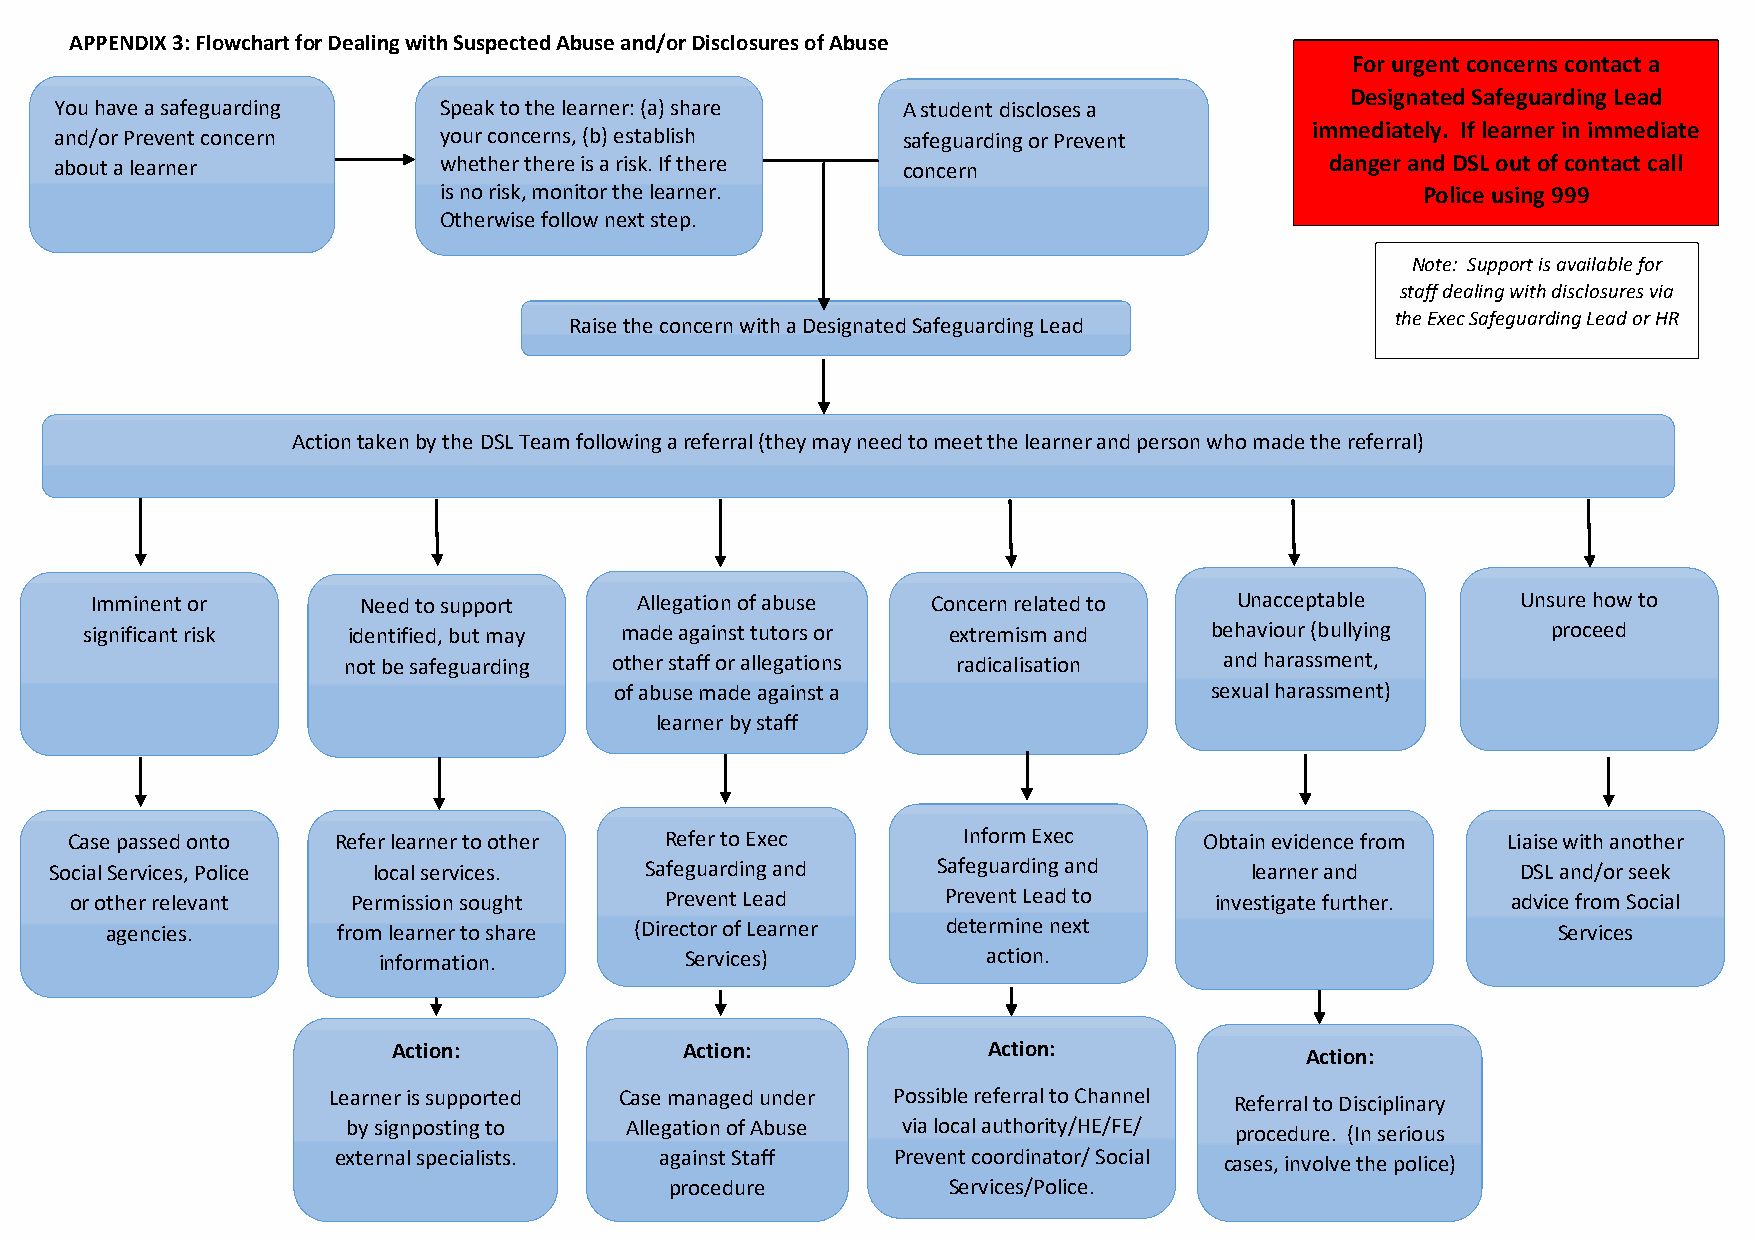
APPENDIX 3: Flowchart for Dealing with Suspected Abuse and/or Disclosures of Abuse
 For urgent concerns contact a
 Designated Safeguarding Lead
 You have a safeguarding  Speak to the learner: (a) share A student discloses a
 and/or Prevent concern   your concerns, (b) establish   safeguarding or Prevent    immediately. If learner in immediate
 about a lea rner         whether there is a risk. If there concern                  danger and DSL out of contact call
 is no risk, monitor the learner.                                 Police using 999
 Otherwise follow next step.
 Note: Support is available for
 staff dealing with disclosures via
 the Exec Safeguarding Lead or HR
 Raise the concern with a Designated Safeguarding Lead
 Action taken by the DSL Team following a referral (they may need to meet the learner and person who made the referral)
 Imminent or       Need to support   Allegation of abuse Concern related to  Unacceptable       Unsure how to
 significant risk  identified, but may made against tutors or extremism and behaviour (bullying    proceed
 not be safeguarding other staff or allegations radicalisation and harassment,
 of abuse made against a                sexual harassment)
 learner by staff
 Case passed onto Refer learner to other Refer to Exec      Inform Exec     Obtain evidence from Liaise with another
 Social Services, Police local services. Safeguarding and   Safeguarding and     learner and       DSL and/or seek
 or other relevant Permission sought    Prevent Lead      Prevent Lead to   investigate further. advice from Social
 agencies.      from learner to share (Director of Learner determine next                        Services
 information.        Services)           action.
 Action:            Action:             Action:              Action:
 Learner is supported Case managed under Possible referral to Channel Referral to Disciplinary
 by signposting to Allegation of Abuse via local authority/HE/FE/ procedure. (In serious
 external specialists. against Staff  Prevent coordinator/ Social
 cases, involve the police)
 procedure          Services/Police.